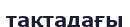
тақтадағы